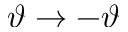
\vartheta \rightarrow - \vartheta